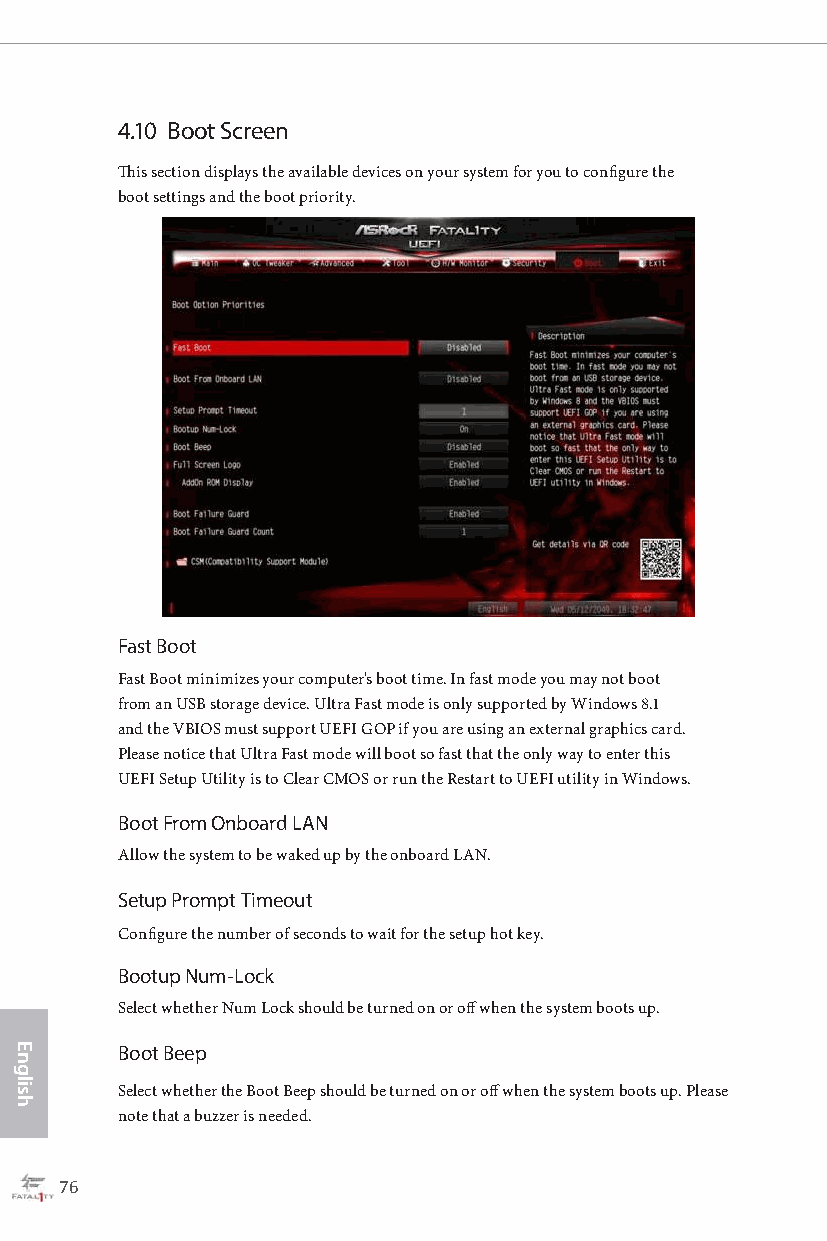
4.10 Boot Screen
 This section displays the available devices on your system for you to configure the
 boot settings and the boot priority.
 Fast Boot
 Fast Boot minimizes your computer's boot time. In fast mode you may not boot
 from an USB storage device. Ultra Fast mode is only supported by Windows 8.1
 and the VBIOS must support UEFI GOP if you are using an external graphics card.
 Please notice that Ultra Fast mode will boot so fast that the only way to enter this
 UEFI Setup Utility is to Clear CMOS or run the Restart to UEFI utility in Windows.
 Boot From Onboard LAN
 Allow the system to be waked up by the onboard LAN.
 Setup Prompt Timeout
 Configure the number of seconds to wait for the setup hot key.
 Bootup Num-Lock
 Select whether Num Lock should be turned on or off when the system boots up.
 Boot Beep
 Select whether the Boot Beep should be turned on or off when the system boots up. Please
 note that a buzzer is needed.
 76                                                                                                  77
 English